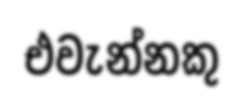
එවැන්නකු